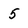
Character: 5